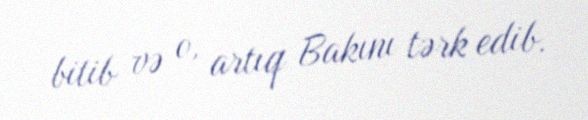
bitib və o, artıq Bakını tərk edib.